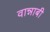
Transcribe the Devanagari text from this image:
वान्नाबी